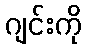
ဂျင်းကို